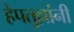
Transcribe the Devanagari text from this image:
हेपतुल्लांनी